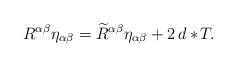
LaTeX: \begin{align*}R^{\alpha\beta}\eta_{\alpha\beta} = \widetilde{R}^{\alpha\beta} \eta_{\alpha\beta} + 2\,d\ast\! T.\end{align*}